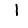
Digit: 1